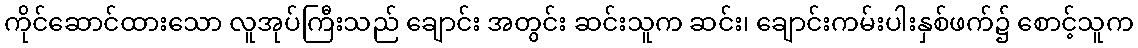
ကိုင်ဆောင်ထားသော လူအုပ်ကြီးသည် ချောင်း အတွင်း ဆင်းသူက ဆင်း၊ ချောင်းကမ်းပါးနှစ်ဖက်၌ စောင့်သူက